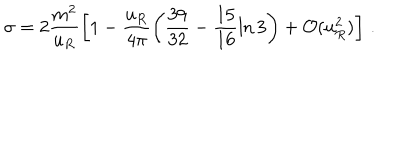
\sigma = 2 \frac { m ^ { 2 } } { u _ { R } } \left[ 1 - \frac { u _ { R } } { 4 \pi } \left( \frac { 3 9 } { 3 2 } - \frac { 1 5 } { 1 6 } \ln 3 \right) + { \cal O } ( u _ { R } ^ { 2 } ) \right] \, .